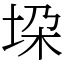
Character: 垜